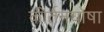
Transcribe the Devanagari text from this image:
कीर्तनघोषा